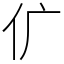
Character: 𠆲